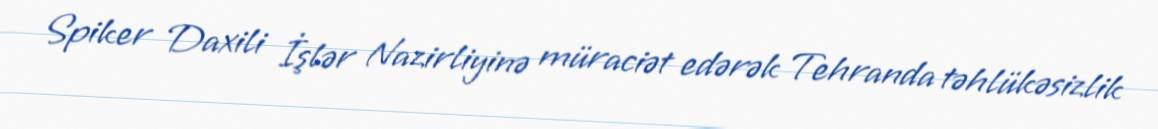
Spiker Daxili İşlər Nazirliyinə müraciət edərək Tehranda təhlükəsizlik